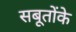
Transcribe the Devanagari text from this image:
सबूतोंके